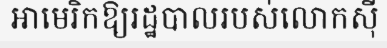
អាមេរិកឱ្យរដ្ឋបាលរបស់លោកស៊ី